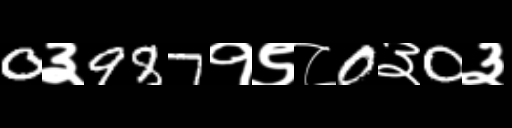
Text: 0३987१९८0३0३